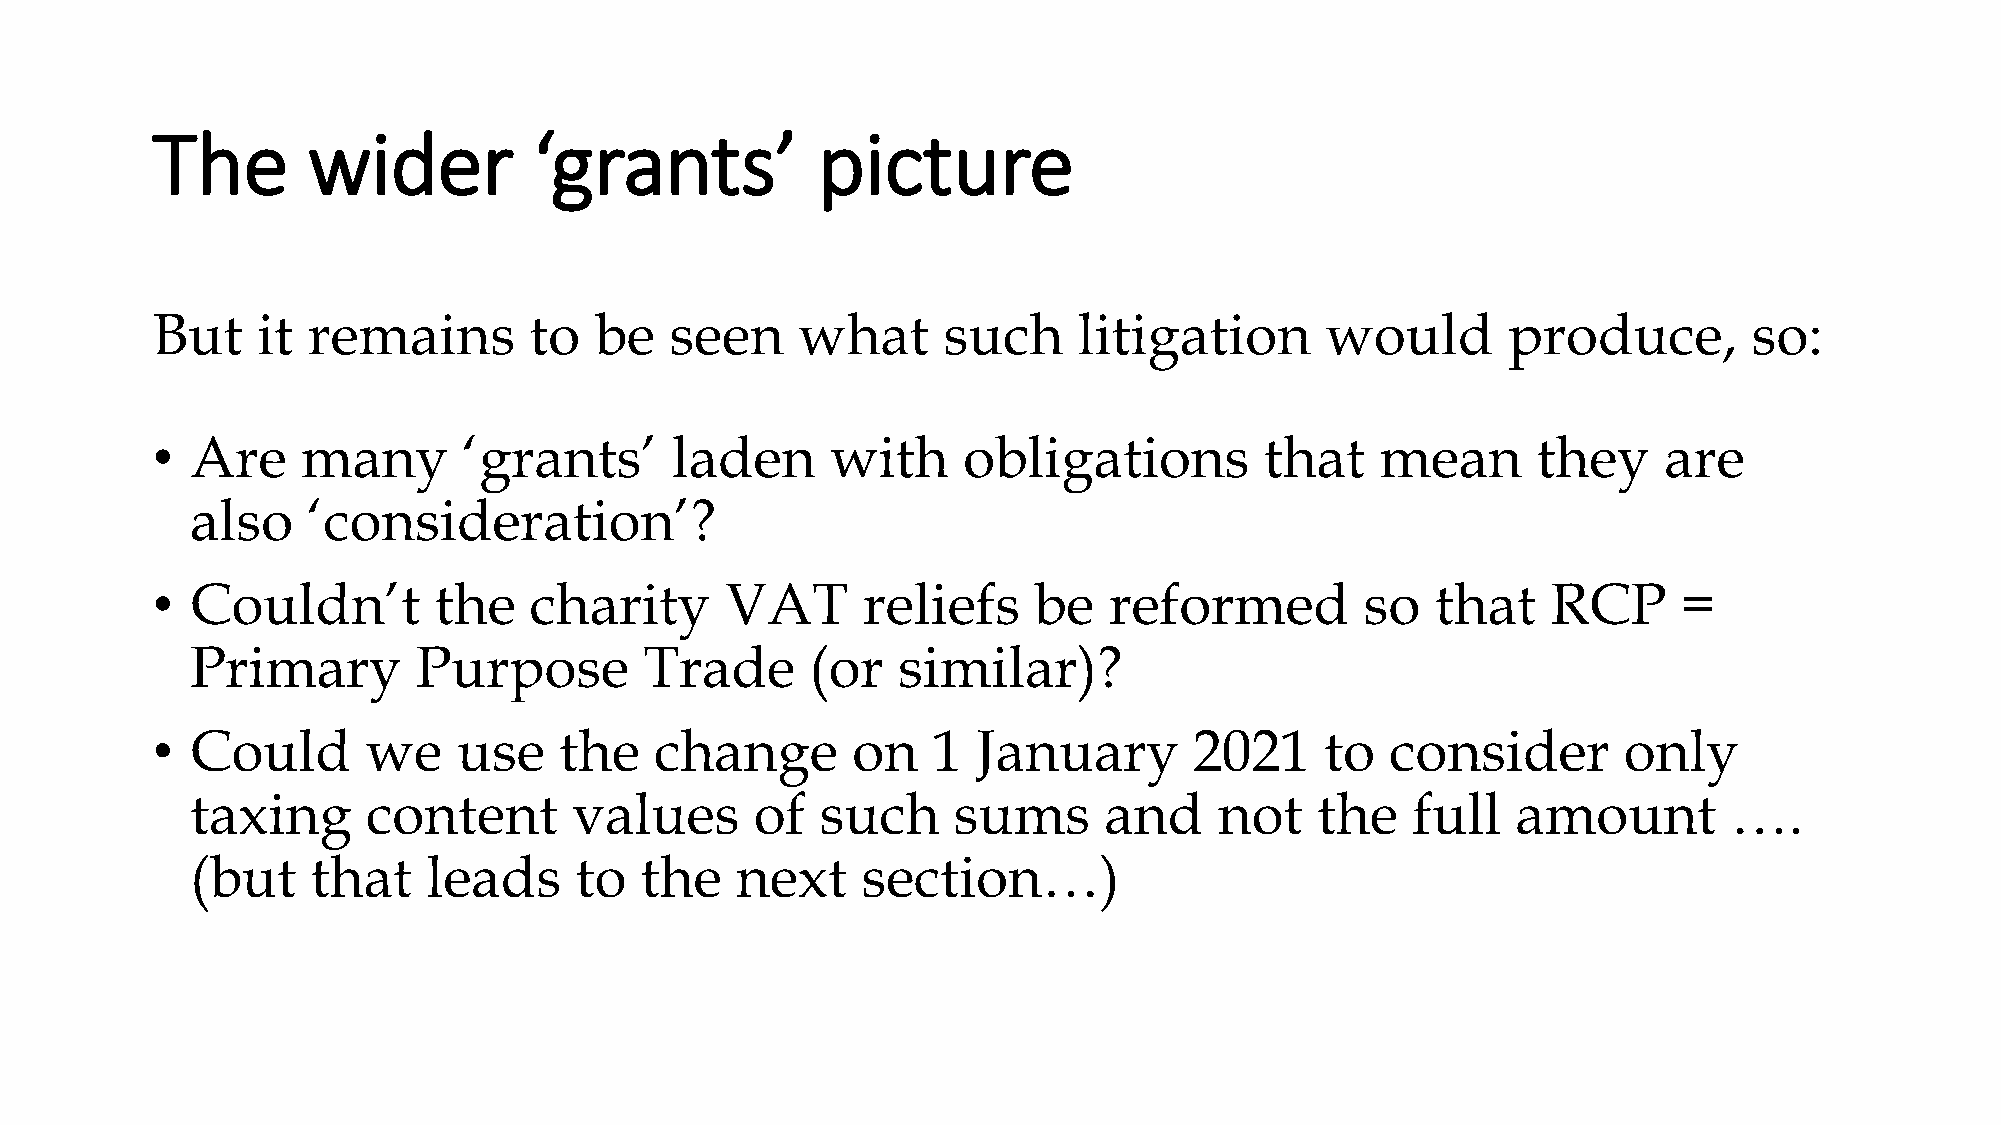
The       wider          ‘grants’           picture
 But    it remains        to  be   seen     what     such     litigation       would       produce,        so:
 •  Are    many       ‘grants’     laden      with     obligations         that   mean       they    are
 also   ‘consideration’?
 •  Couldn’t        the   charity      VAT      reliefs    be   reformed         so   that    RCP     =
 Primary        Purpose        Trade      (or  similar)?
 •  Could      we    use    the   change       on    1  January       2021     to  consider       only
 taxing     content       values      of  such     sums      and     not   the   full   amount         ….
 (but    that   leads     to  the    next    section…)